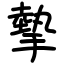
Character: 摰